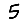
Digit: 5